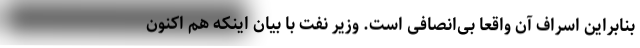
بنابراین اسراف آن واقعا بی‌انصافی است. وزیر نفت با بیان اینکه هم اکنون